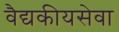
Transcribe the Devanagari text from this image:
वैद्यकीयसेवा